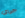
جراي